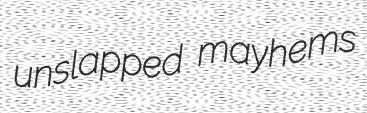
unslapped mayhems